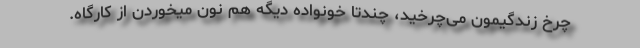
چرخ زندگیمون می‌چرخید، چندتا خونواده دیگه هم نون میخوردن از کارگاه.